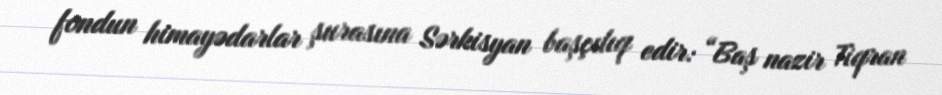
fondun himayədarlar şurasına Sərkisyan başçılıq edir: “Baş nazir Tiqran